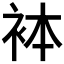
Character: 𧙄